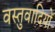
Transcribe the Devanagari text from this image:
वस्तुवादियों